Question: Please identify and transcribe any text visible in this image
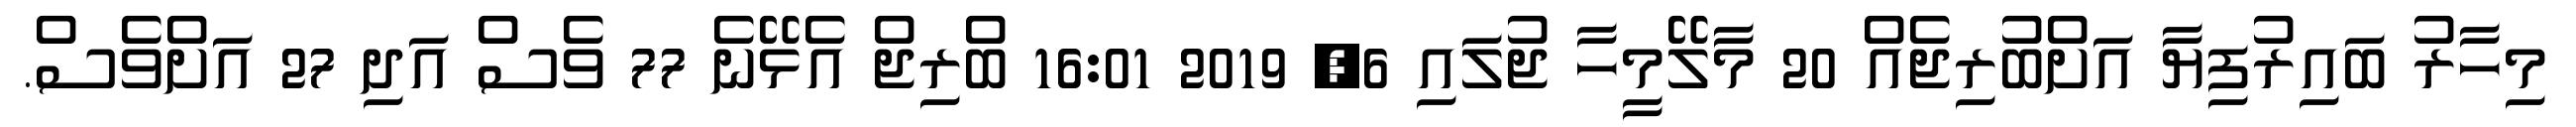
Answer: މިހާރު ބައިރުފިޔާ އަށްބުރިޖެއް 20 މާލޭމީހާ ޖުލައި 6, 2019 16:01 ބްރިޖް އެޅޭނެ 77 ވެސް އަދި 27 އަށްވެސް.